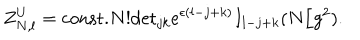
Z _ { N , l } ^ { U } = \mathrm { c o n s t . } N ! \mathrm { d e t } _ { j k } e ^ { \epsilon ( l - j + k ) } I _ { l - j + k } ( N / g ^ { 2 } ) .